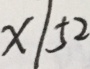
x \vert 5 2